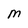
Character: M